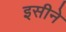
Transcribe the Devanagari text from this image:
इसीने